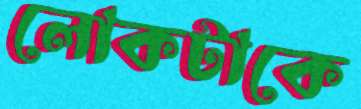
লোকটাকে